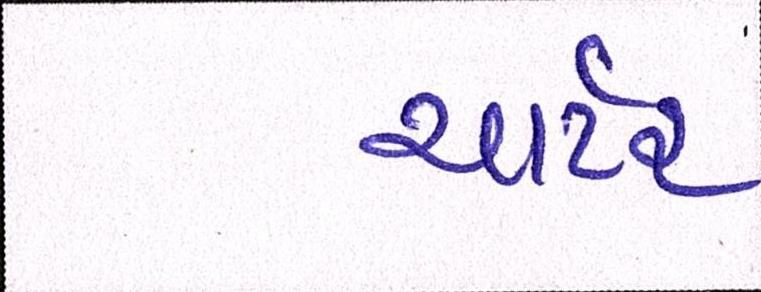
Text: ચાર્ટર